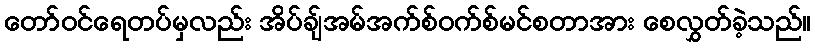
တော်ဝင်ရေတပ်မှလည်း အိပ်ချ်အမ်အက်စ်ဝက်စ်မင်စတာအား စေလွှတ်ခဲ့သည်။